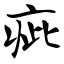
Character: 疵